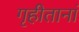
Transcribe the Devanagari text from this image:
गृहीतानां